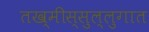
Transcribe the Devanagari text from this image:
तख्मीस्सुल्लुगात